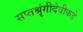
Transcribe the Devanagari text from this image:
सप्तश्रृंगीदेवीकडे